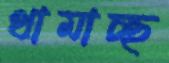
থামাচ্ছ